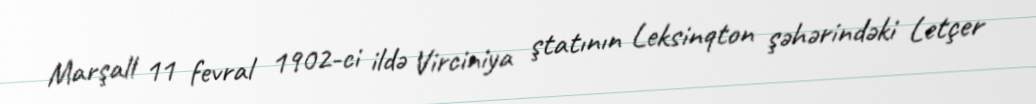
Marşall 11 fevral 1902-ci ildə Virciniya ştatının Leksinqton şəhərindəki Letçer